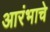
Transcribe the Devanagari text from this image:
आरंभाचे